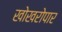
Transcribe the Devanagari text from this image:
खोखरोपार